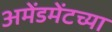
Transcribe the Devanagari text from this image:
अमेंडमेंटच्या